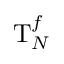
\mathrm { T } _ { N } ^ { f }